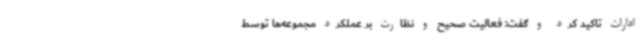
ادارات تاکید کرد و گفت: فعالیت صحیح و نظارت بر عملکرد مجموعه‌ها توسط